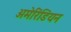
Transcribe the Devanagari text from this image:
अमेरिंडियन